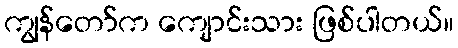
ကျွန်တော်က ကျောင်းသား ဖြစ်ပါတယ်။